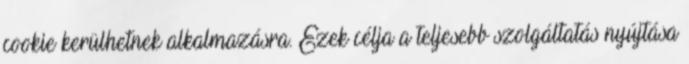
cookie kerülhetnek alkalmazásra. Ezek célja a teljesebb szolgáltatás nyújtása